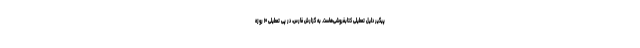
پیگیر دلیل تعطیلی کتابفروشی‌هاست. به گزارش فارس، در پی تعطیلی ۱۰ روزه